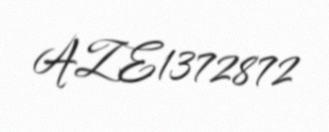
AZE1372872